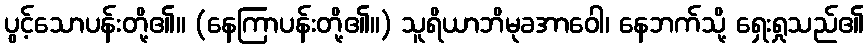
ပွင့်သောပန်းတို့၏။ (နေကြာပန်းတို့၏။) သူရိယာဘိမုခအာဝေါ၊ နေဘက်သို့ ရှေးရှုသည်၏